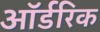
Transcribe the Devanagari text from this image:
ऑर्डरिक